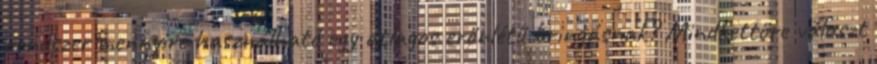
rendszer mennyire használható egy átlagos erőnlétű bringásnak? Mindkettőre választ